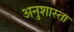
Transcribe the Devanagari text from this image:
अनुशास्ता